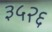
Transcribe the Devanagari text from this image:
३५२६